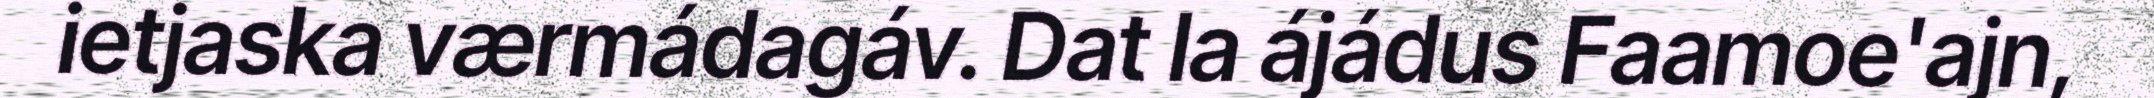
ietjaska værmádagáv. Dat la ájádus Faamoe'ajn,